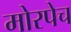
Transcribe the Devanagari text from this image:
मोरपेच